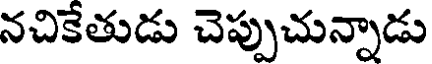
నచికేతుడు చెప్పుచున్నాడు